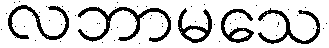
လဘာမသေ